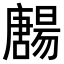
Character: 𡃯